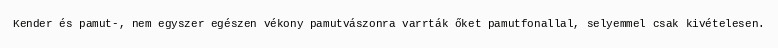
Kender és pamut-, nem egyszer egészen vékony pamutvászonra varrták őket pamutfonallal, selyemmel csak kivételesen.